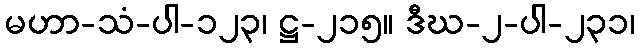
မဟာ-သံ-ပါ-၁၂၃၊ ဋ္ဌ-၂၁၅။ ဒီဃ-၂-ပါ-၂၃၁၊